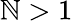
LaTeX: \mathbb{N}>1